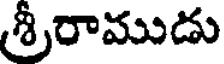
శ్రీరాముడు